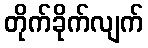
တိုက်ခိုက်လျက်